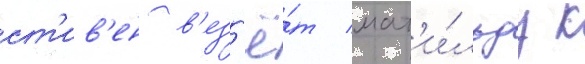
ст'ив'ен в'ез'ё́т мат'и́льду к